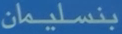
بنسليمان